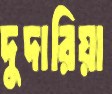
দুদারিয়া